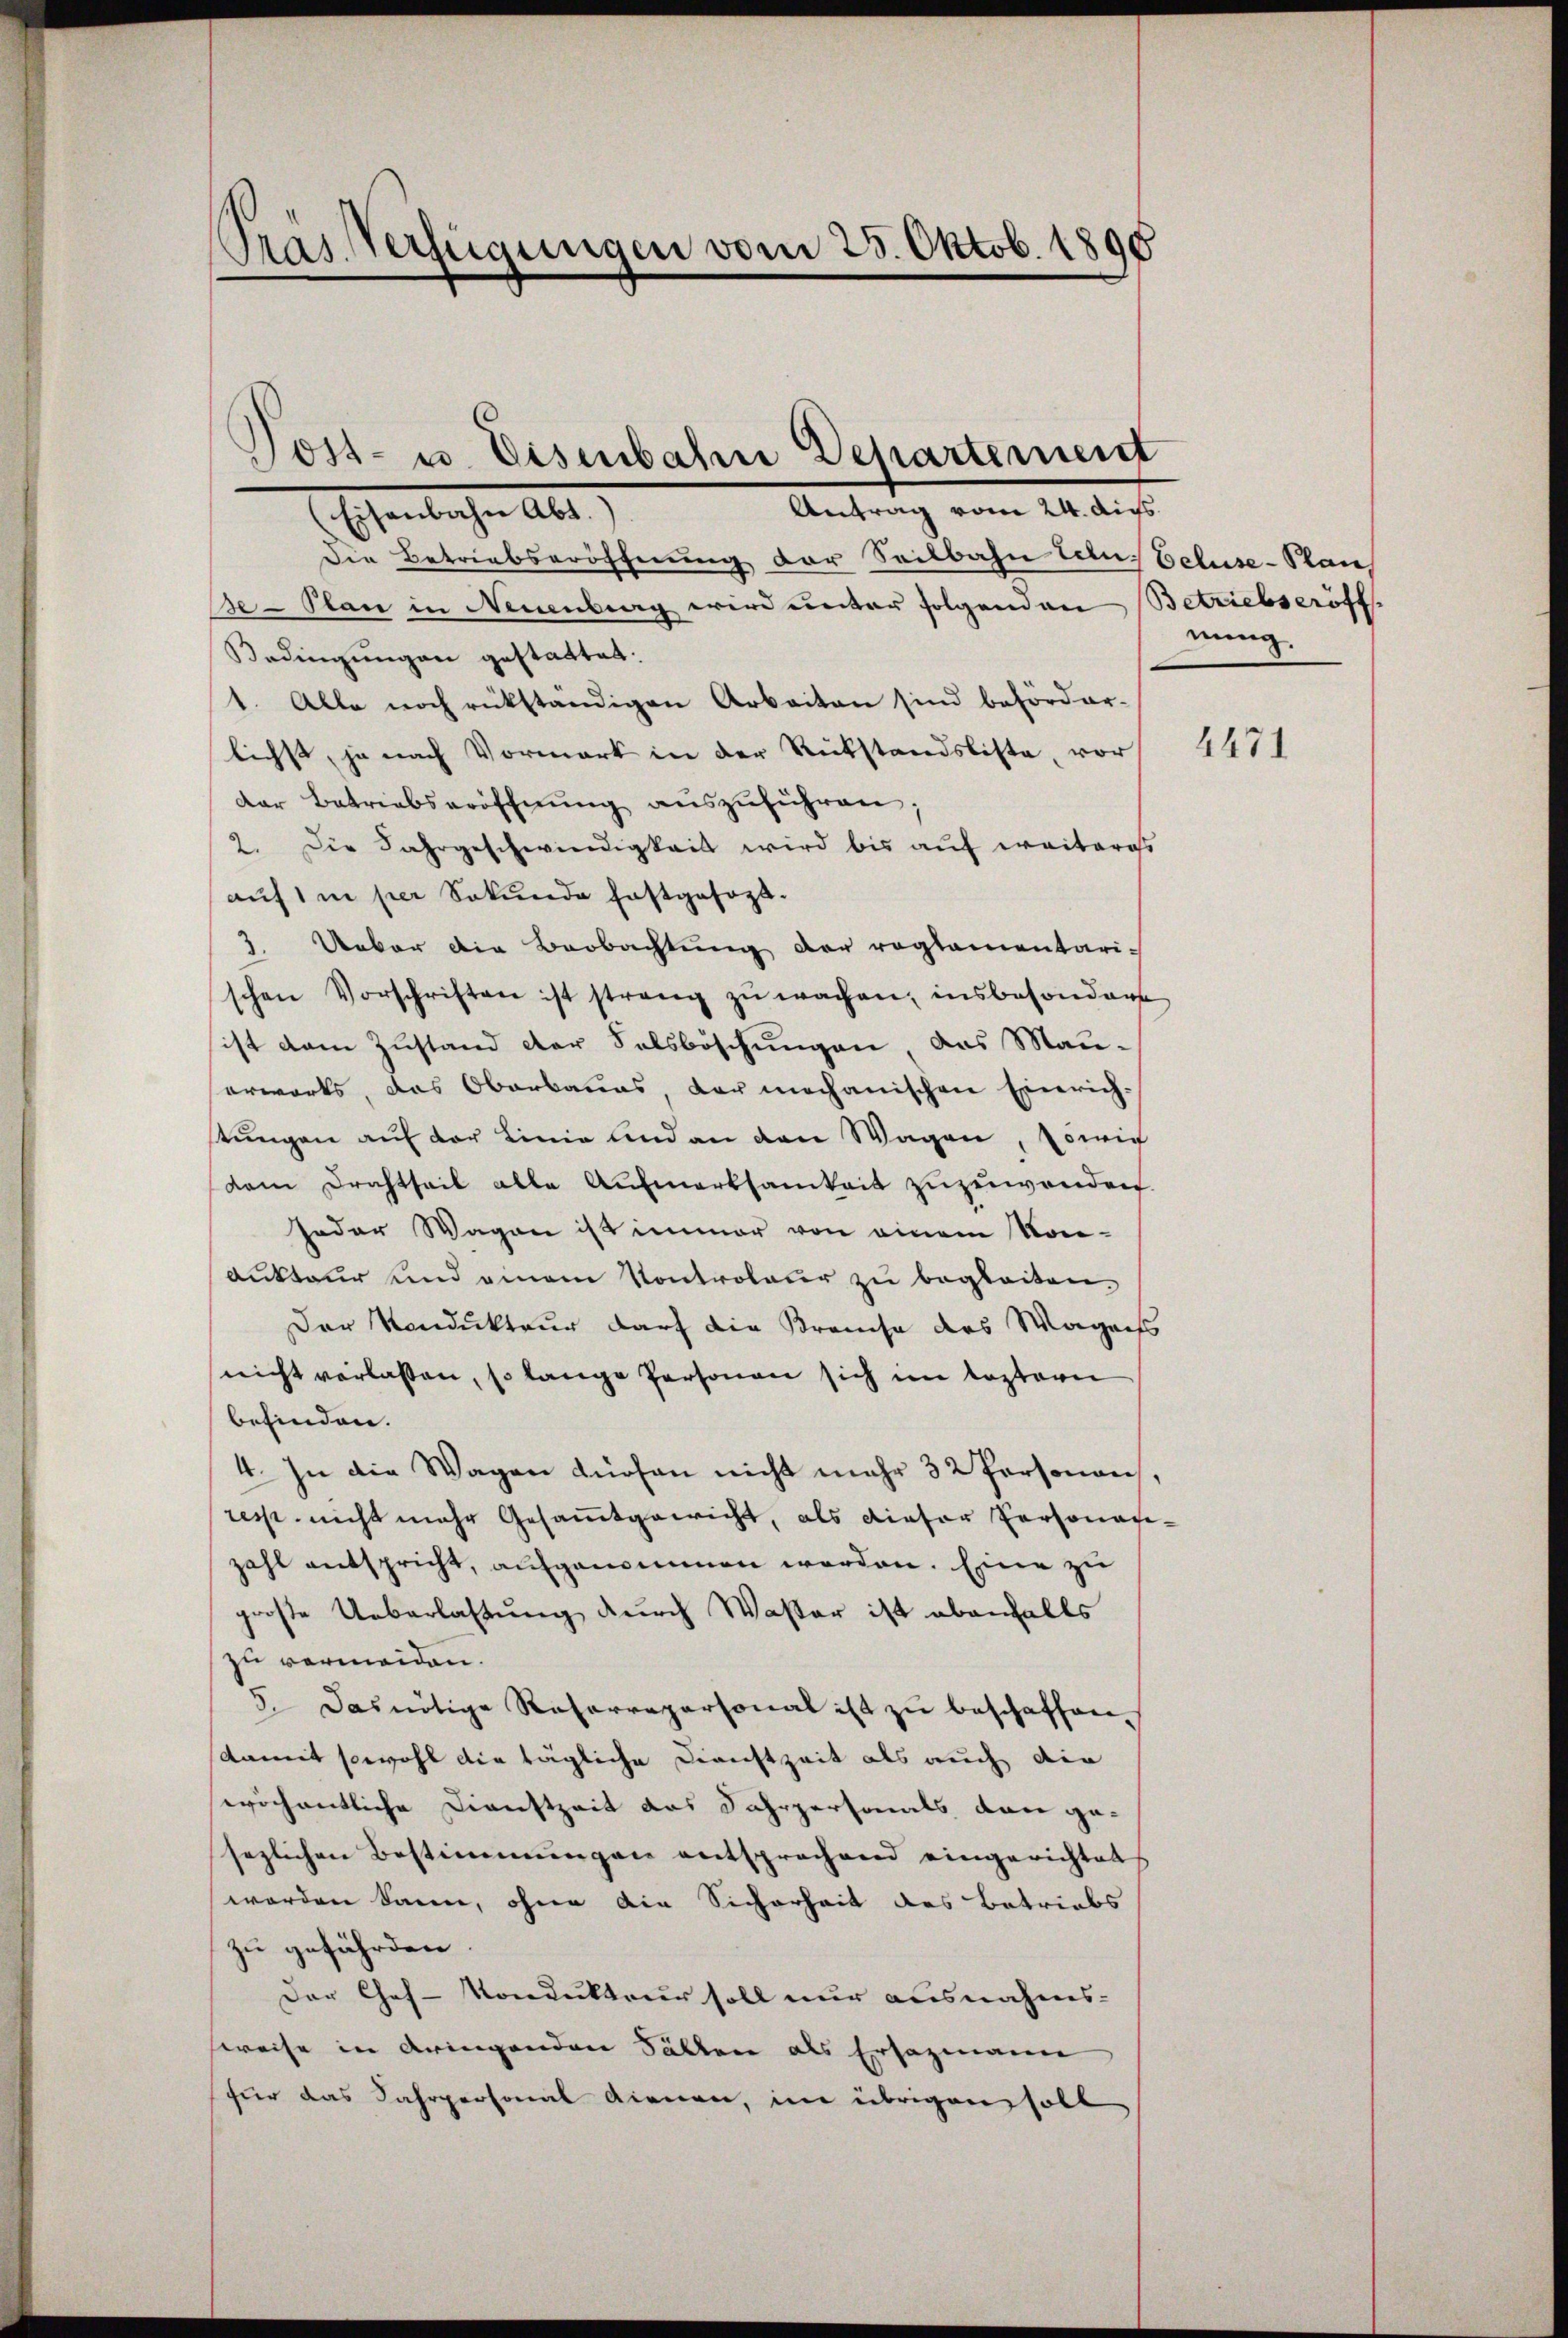
Tras. Verfügungen vom 28. Oktob. 1890

Post- u. Eisenbahn Departement
Antrag vom 24. Aufs
Eisenbachen Alt

Die Betriebseröffnung der Seilbahn Eelu Eeluse-Kan
Be-Plan in Neuenburg wird unter folgenden Betriebseröff
Bedingungen gestattet:
1. Alle noch rükständigen Arbeiten sind behörder-
lichst, ja nach Vormark in der Rückstandsliste, vor
der Betriebseröffnŭng aŭszŭführen;
2. Die Jahrgeschwindigkeit wird bis auf weiteres
auf 1 i per Sekunde festgesezt.
3. Ueber die Beobachtung der reglementari-
schen Vorschriften ist streng zŭ wachen, insbesondere
ist dem Zustand der Salsböschungen das Mau-
erwärts, das Oberbaues, der mechanischen Einrichstŭngen auf der Linie und an den Wagen, Es wie
dem Drachtheil alle Aufmerksamkeit zuzuwenden.
Jeder Wagen ist immer von einem Nor-
dukteur und einem Kontroleur zu begleiten.
Der Kondukteur darf die Brauche des Wagens
nicht verlassen, so lange Personen sich im leztern
befinden.
4. In die Wagen dürfen nicht mehr 32 Personau,
resp. nicht mehr Gesamtgewicht, als dieser Personatizahl entspricht, aufgenommen worden. Eine zu
große Ueberlassung durch Wasser ist ebenfalls
zu vermeiden.
5. Das nötige Reharrepersonal ist zu beschaffen.
damit sowohl die tägliche Dienstzeit als auch die
sewichentliche Dienstzeit das Jahrpersonals von gesezlichen Bestimmungen entsprechend eingerichtet
worden kann, ohne die Sicherheit des Betriebs
zu gefährden.
Der Chef - Kondukteur soll nur ausnahms-
sweise in dringenden Fällen als Ersazmann
für das Fahrpersonal dienen, im übrigen soll

nung

4471